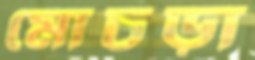
মোচড়া